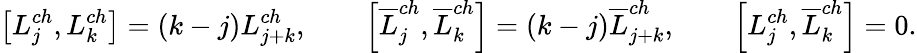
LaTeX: \left[L_{j}^{ch},L_{k}^{ch}\right]=(k-j)L_{j+k}^{ch},\qquad\left[\overline{{L}}_{j}^{ch},\overline{{L}}_{k}^{ch}\right]=(k-j)\overline{{L}}_{j+k}^{ch},\qquad\left[L_{j}^{ch},\overline{{L}}_{k}^{ch}\right]=0.